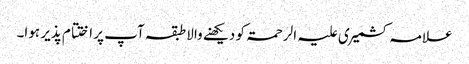
علامہ کشمیری علیہ الرحمۃ کو دیکھنے والا طبقہ آپ پر اختتام پذیر ہوا۔